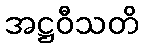
အဋ္ဌဝီသတိ